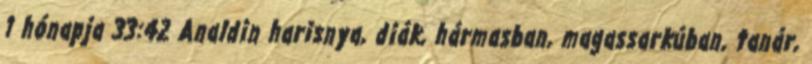
1 hónapja 33:42 Analdin harisnya, diák, hármasban, magassarkúban, tanár,